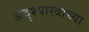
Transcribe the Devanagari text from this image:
अदृश्यास्त्राच्या